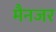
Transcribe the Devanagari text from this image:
मैनजर